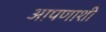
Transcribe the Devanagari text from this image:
आपणाशी